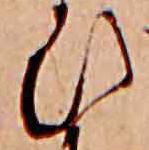
ひ